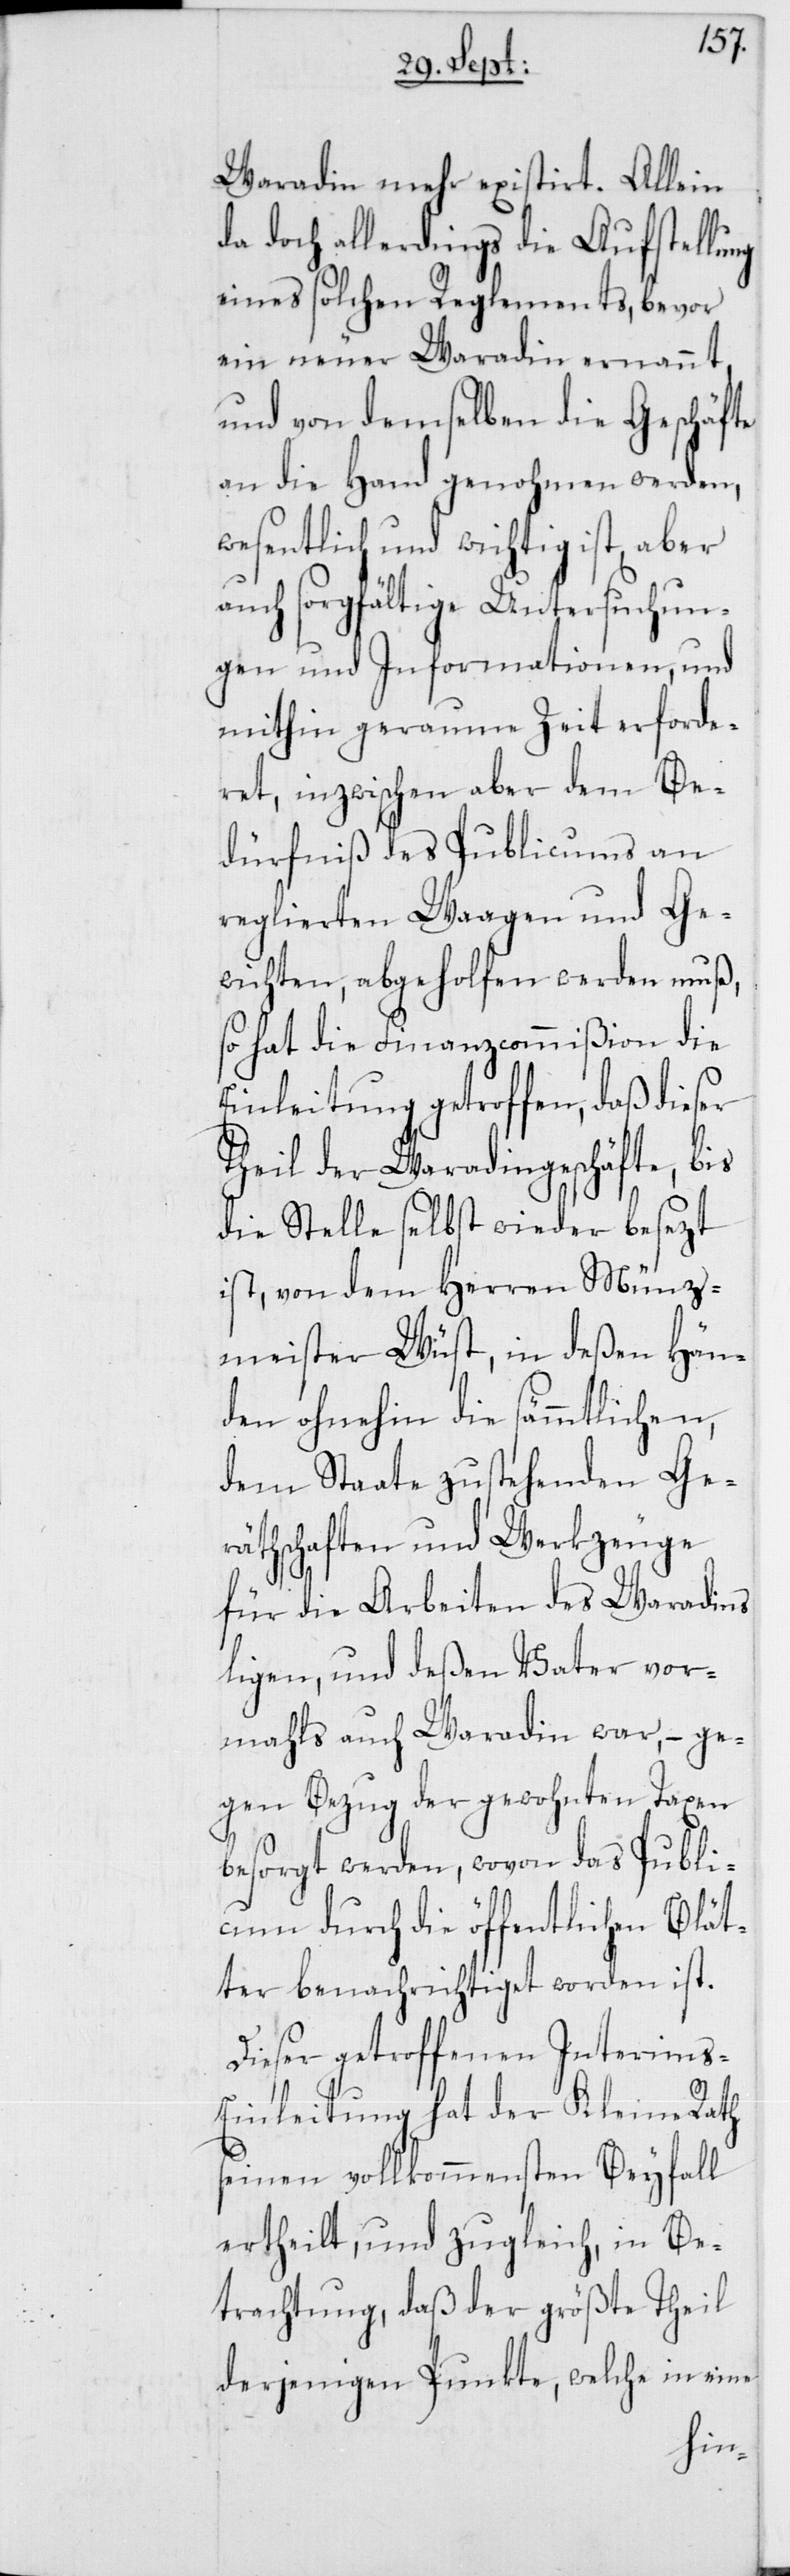
Waradin mehr existirt. Allein
da doch allerdings die Aufstellung
eines solchen Reglements, bevor
ein neuer Waradin ernannt,
und von demselben die Geschäfte
an die Hand genohmen werden,
wesentlich und wichtig ist, aber
auch sorgfältige Untersuchun¬
gen und Informationen, und
mithin geraume Zeit erforde¬
ret, inzwischen aber dem Be¬
dürfniß des Publicums an
reglierten Waagen und Ge¬
wichten, abgeholfen werden muß,
so hat die Finanzcommißion die
Einleitung getroffen, daß dieser
Theil der Waradingeschäfte, bis
die Stelle selbst wieder besezt
ist, von dem Herren Münz¬
meister Wüst, in deßen Hän¬
den ohnehin die sämmtlichen,
dem Staate zustehenden Ge¬
räthschaften und Werkzeuge
für die Arbeiten des Waradins
ligen, und deßen Vater vor¬
mahls auch Waradin war, – ge¬
gen Bezug der gewohnten Taxen
besorgt werden, wovon das Publi¬
cum durch die öffentlichen Blät¬
ter benachrichtiget worden ist.
Dieser getroffenen Interims-E¬
inleitung hat der Kleine Rath
seinen vollkommensten Beyfall
ertheilt, und zugleich, in Be¬
trachtung, daß der größte Theil
derjenigen Punkte, welche in eine